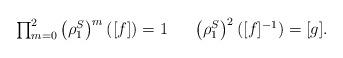
LaTeX: \begin{align*}\begin{array}{lll} \prod_{m=0}^2 \left(\rho_1^S\right)^m([f])=1 & & \left(\rho_1^S\right)^2\left([f]^{-1}\right)=[g]. \end{array}\end{align*}